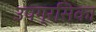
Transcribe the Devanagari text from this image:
उपग्रसिका